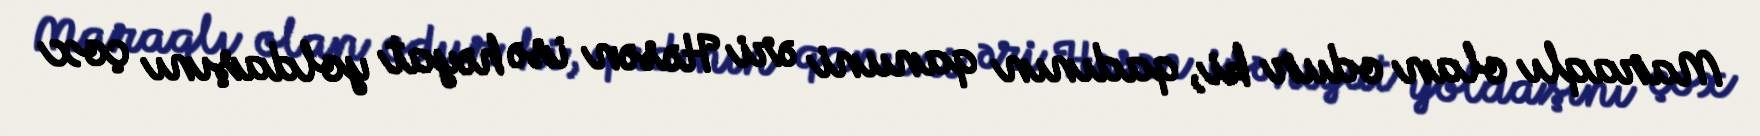
Maraqlı olan odur ki, qadının qanuni əri Həsən isə həyat yoldaşını çox